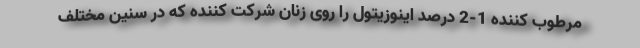
مرطوب کننده 1-2 درصد اینوزیتول را روی زنان شرکت کننده که در سنین مختلف